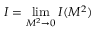
{ \cal I } = \operatorname * { l i m } _ { M ^ { 2 } \rightarrow 0 } { \cal I } ( M ^ { 2 } )